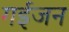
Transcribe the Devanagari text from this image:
गईजन